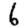
Digit: 6